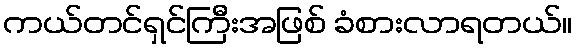
ကယ်တင်ရှင်ကြီးအဖြစ် ခံစားလာရတယ်။